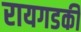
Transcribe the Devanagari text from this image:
रायगडकी